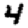
Digit: 4